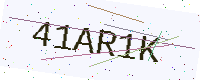
Text: 41AR1K